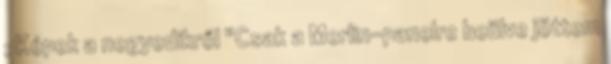
; Képek a negyedikről "Csak a Merlin-panelre beülve jöttem